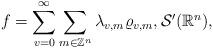
LaTeX: \begin{align*} f=\sum\limits_{v=0}^{\infty }\sum\limits_{m\in \mathbb{Z}^{n}}\lambda_{v,m}\varrho _{v,m}, \mathcal{S}^{\prime }(\mathbb{R}^{n}),\end{align*}